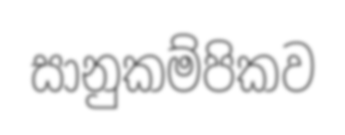
සානුකම්පිකව